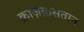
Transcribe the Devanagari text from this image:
क़ाज़क़सतान